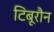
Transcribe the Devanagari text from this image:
टिबूरौन